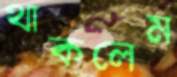
থাকলেম